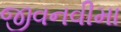
જીવનવીમા